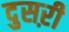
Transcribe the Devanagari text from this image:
दुसऱी